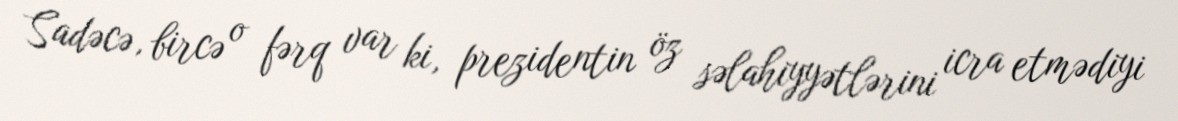
Sadəcə, bircə o fərq var ki, prezidentin öz səlahiyyətlərini icra etmədiyi